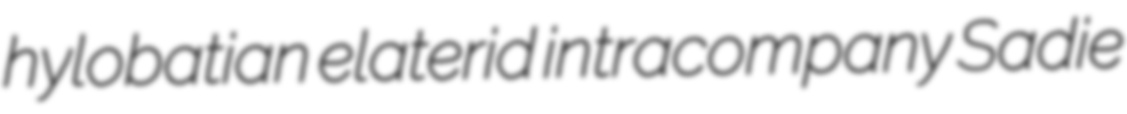
hylobatian elaterid intracompany Sadie